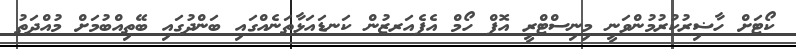
ކޯޓަށް ހާޟިރުކުރުމުންވަނީ މިނިސްޓްރީ އޮފް ހޯމް އެފެއަރޒުން ކަނޑައަޅާތަނެއްގައި ބަންދުގައި ބޭތިއްބުމަށް މުއްދަތު